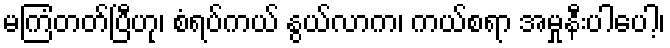
မကြံတတ်ပြီဟု၊ စံရပ်ကယ် နွယ်လာက၊ ကယ်စရာ အမှုနီးပါပေါ့၊